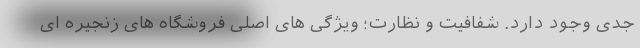
جدی وجود دارد. شفافیت و نظارت؛ ویژگی های اصلی فروشگاه های زنجیره ای